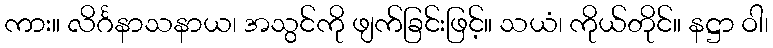
ကား။ လိင်္ဂနာသနာယ၊ အသွင်ကို ဖျက်ခြင်းဖြင့်။ သယံ၊ ကိုယ်တိုင်။ နဋ္ဌာ ဝါ၊